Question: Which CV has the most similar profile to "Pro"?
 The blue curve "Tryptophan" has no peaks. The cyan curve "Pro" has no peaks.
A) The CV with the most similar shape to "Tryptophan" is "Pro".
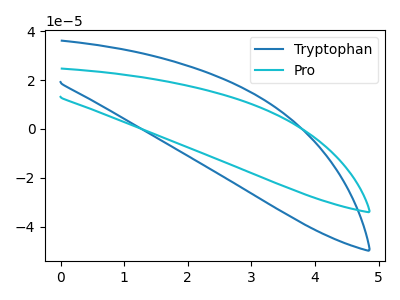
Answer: <think>Neither "Tryptophan" or "Pro" have any peaks.
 </think>
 <answer>A) The CV with the most similar shape to "Tryptophan" is "Pro".</answer>
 <eval>A</eval>